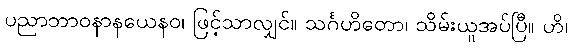
ပညာဘာဝနာနယေနဝ၊ ဖြင့်သာလျှင်။ သင်္ဂဟိတော၊ သိမ်းယူအပ်ပြီ။ ဟိ၊